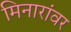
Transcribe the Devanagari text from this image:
मिनारांवर